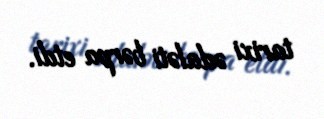
tarixi ədaləti bərpa etdi.